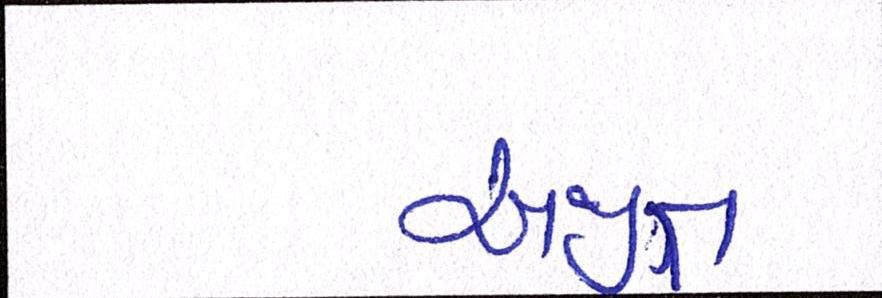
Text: અજીત